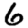
Digit: 6